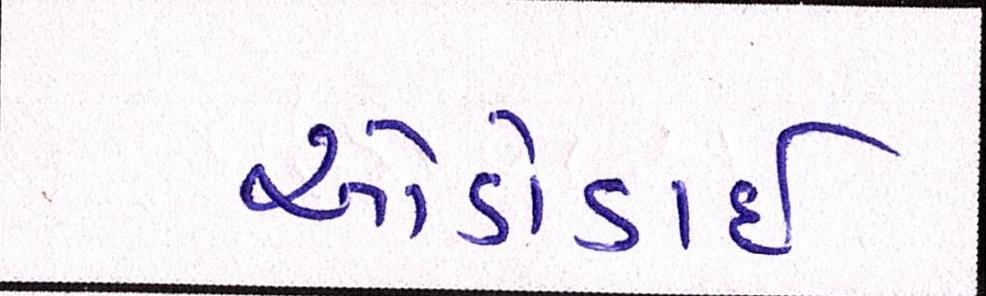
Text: આડોડાઈ